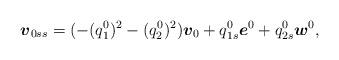
LaTeX: \begin{align*}\mbox{\mathversion{bold}$v$}_{0ss}=(-(q^{0}_{1})^{2}-(q^{0}_{2})^{2})\mbox{\mathversion{bold}$v$}_{0}+ q^{0}_{1s}\mbox{\mathversion{bold}$e$}^{0}+ q^{0}_{2s}\mbox{\mathversion{bold}$w$}^{0},\end{align*}